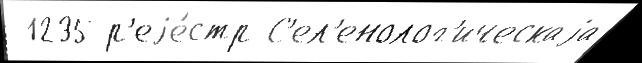
 1235 р'еjе́стр С'ел'енолог'ическаjа